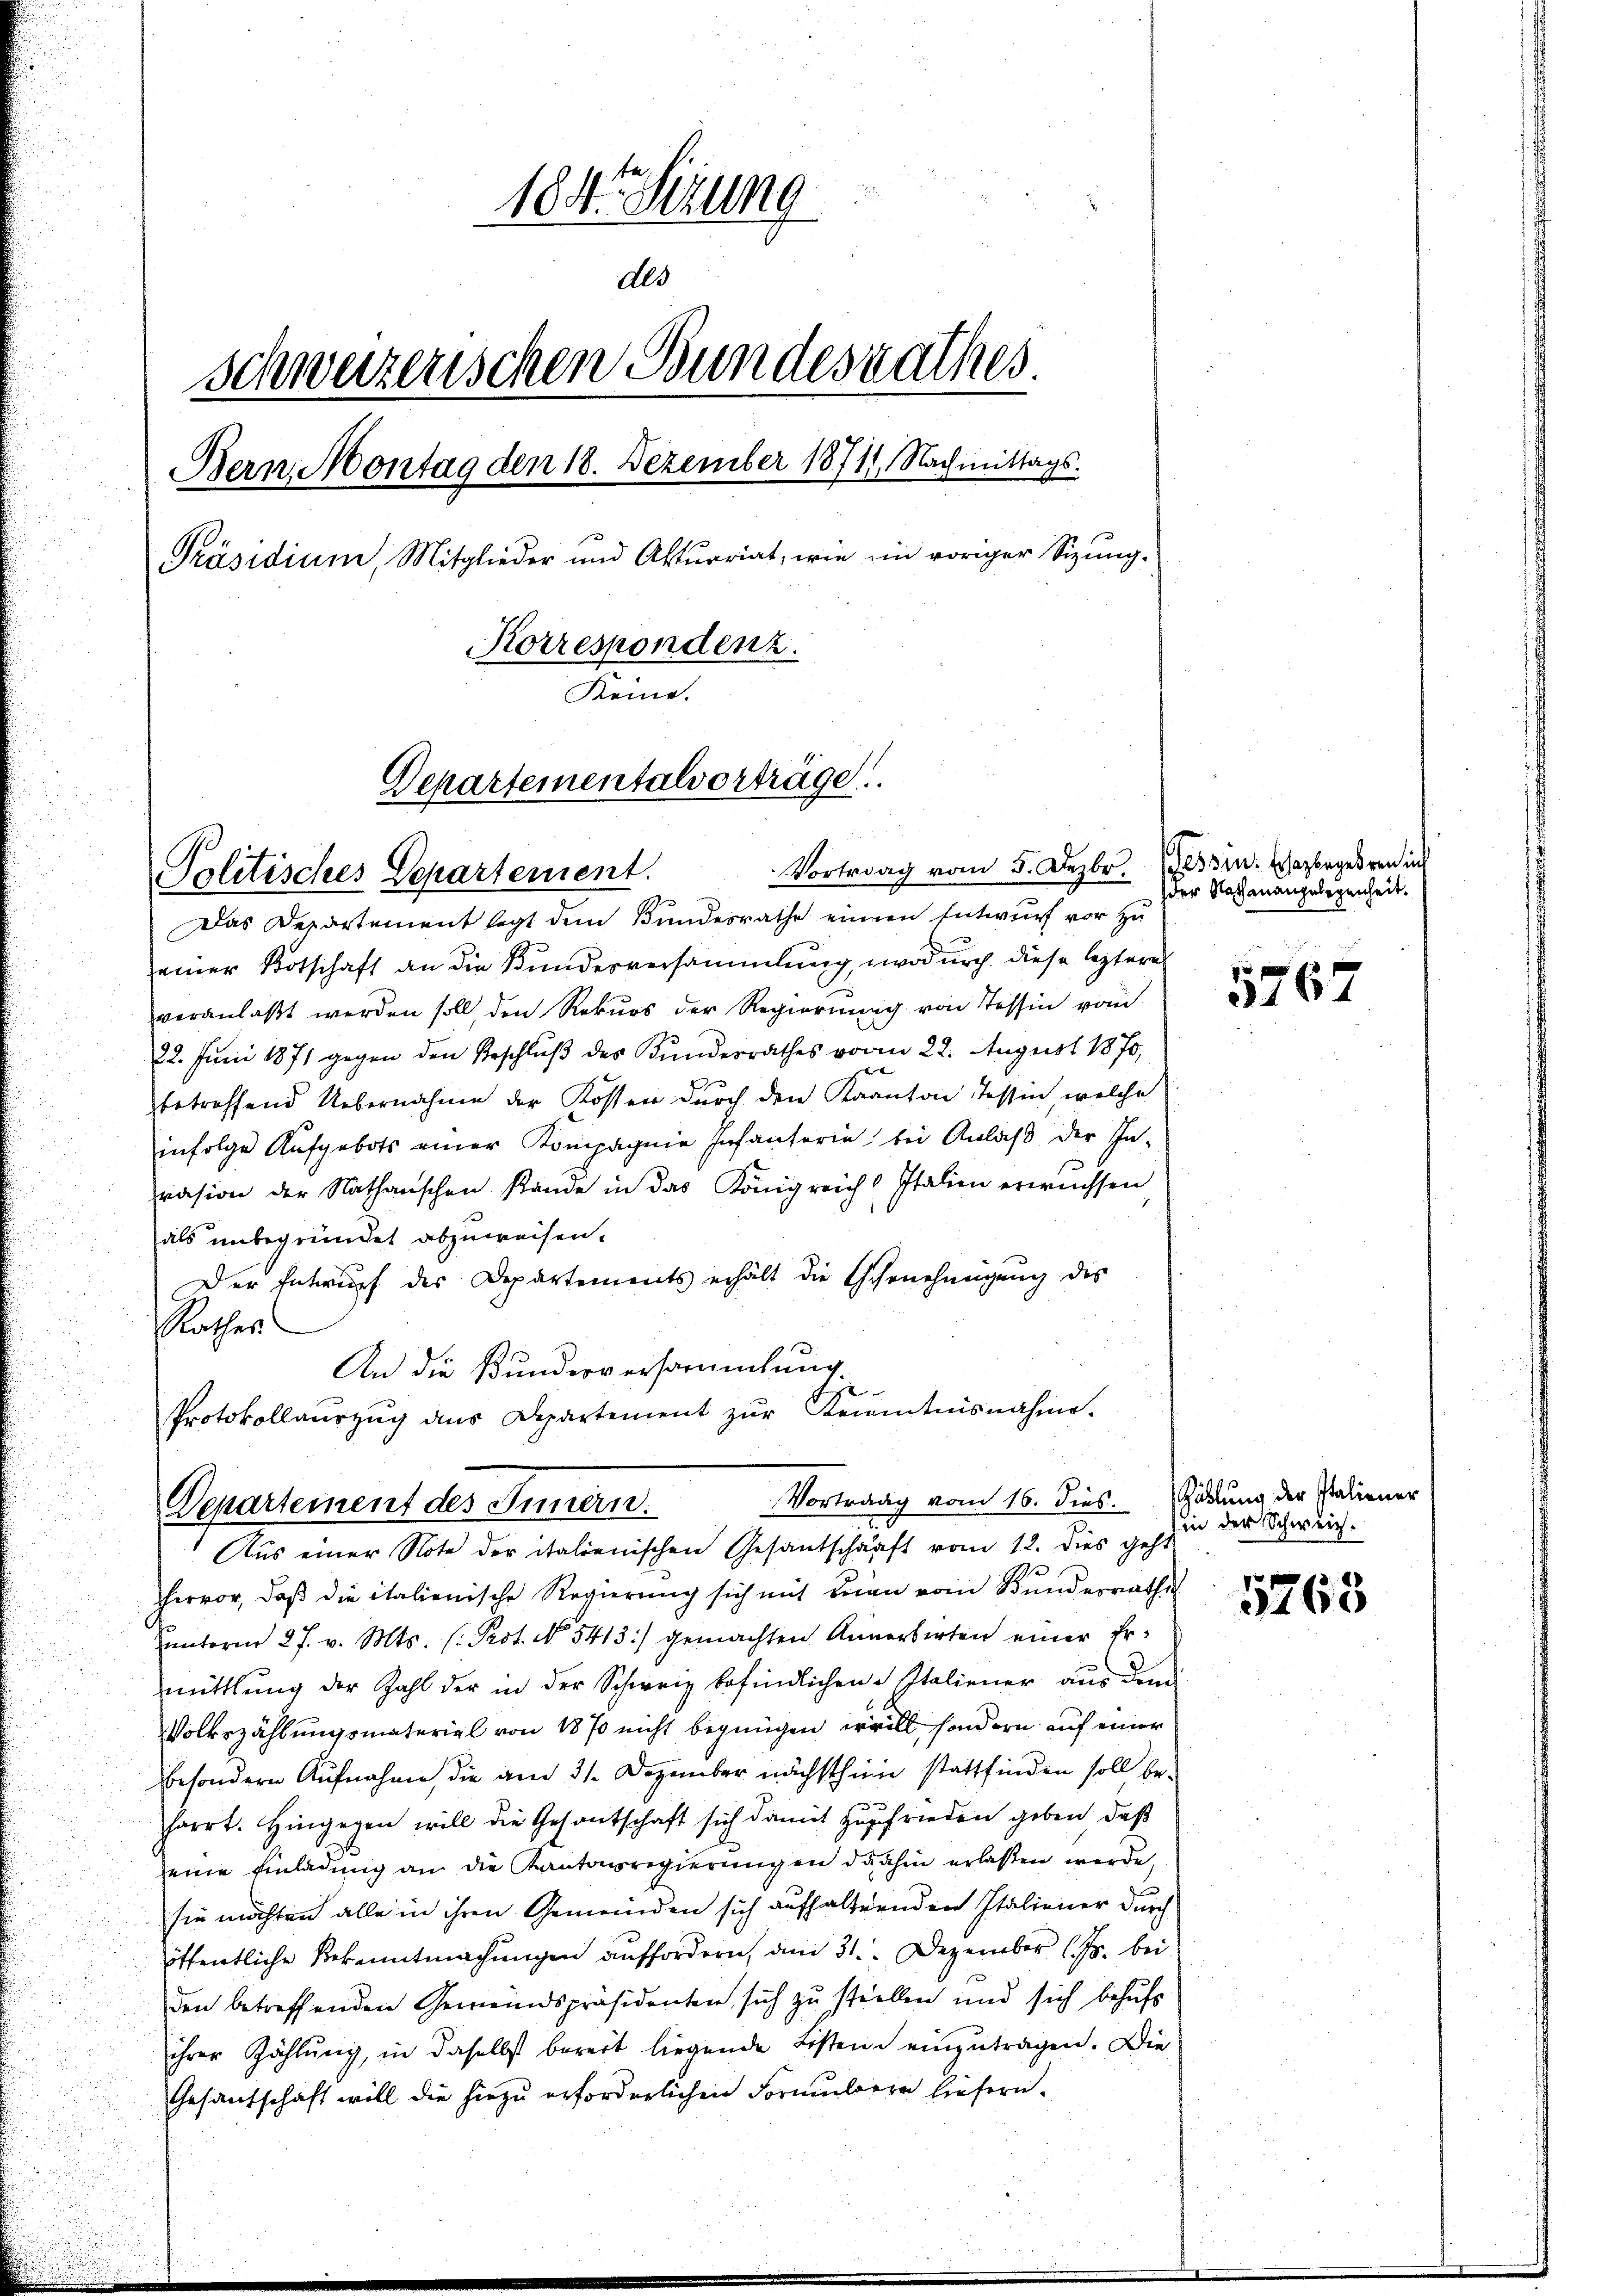
Politisches Departement.

184. Sizung

des
Schweizerischen Bundesrathes
Bern Montag den 18. Dezember 18711. Nachmittags.
Präsidium, Mitglieder und Aktuariat, wie im voriger Sizung¬
Korrespondenz.
Keine.
Departementalvortrage

Das Departement legt dem Bundesrathe einem Entwurf vor zu
einer Botschaft an die Kundesversammlung, wodurch diese leztere
veranlaßt werden soll den Rekurs der Regierung von Tessin vom
22. Juni 1871 gegen den Beschluß des Bundesrathes vom 22. August 1870,
betreffend Uebernahme der Kossen durch den Kanton Tessin, welche
infolge Aufgebots einer Kompagnie Infanterie bei Anlaß der In-
präsion der Nathanschen stande in das Königreich Italien erwüchsen
als unbegründet abzuweisen.
Der Entwurf der Departements erhält die Ehrnehmigŭng des
Rathes.
An die Bunderversammlung.
Protokollaŭszŭg ans Departement zŭr Kenntnisnahme.
Aus einer Note der italienischen Gesantschärft vom 12. dies geh.
2
hervor, daß die italienische Regierung sich mit Beien vom Bundesrathe
unterm 27. v. Mts. (: Prot. No. 5413) gemachten Annerberten einer Ermittlung der Zahl der in der Schweiz befindlichen Italiener aus dem
Volkszählungsmaterial von 1870 nicht begnügen irrill, sondern auf einer
besondern Aufnahme, die am 31. Dezember nächsthin stattfinden soll befarrt. Hingegen will die Gesantschaft sich damit zufrieden geben, daß
seine Einladung an die Kantonsregierungen dahin erlassen werde,
sie möchten alle in ihren Gemeinden sich aufhalternden Italiener durch
öffentliche Bekanntmachungen auffordern, am 31. Dezember l. Js. bei
den betreffenden Gemeindspräsidenten sich zu stiellen und sich behufs
ihrer Zählŭng, in daselbst bereit liegende Listen einzŭtragen. Die
Gesantschaft will die hiezu erforderlichen Formubern liefern.

Departement des Innern.

Vortrag vom 5. Dezbr. Tessin. Erzbegehren in

Vortrag vom 16. dies. Wählung der Italiener

der Nachenangelegenheit.

5767

in der Schweiz.

5763